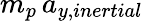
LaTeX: m_{p}\, a_{y,inertial}